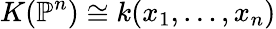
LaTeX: K(\mathbb{P}^{n})\cong k(x_{1},\ldots,x_{n})